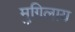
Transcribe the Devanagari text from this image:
मुगिलाय